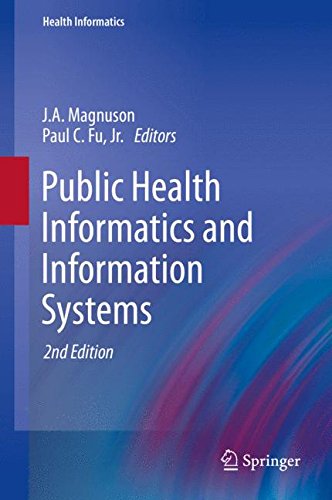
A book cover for Public Health Informatics and Information Systems; Medical Books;